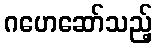
ဂဟေဆော်သည့်